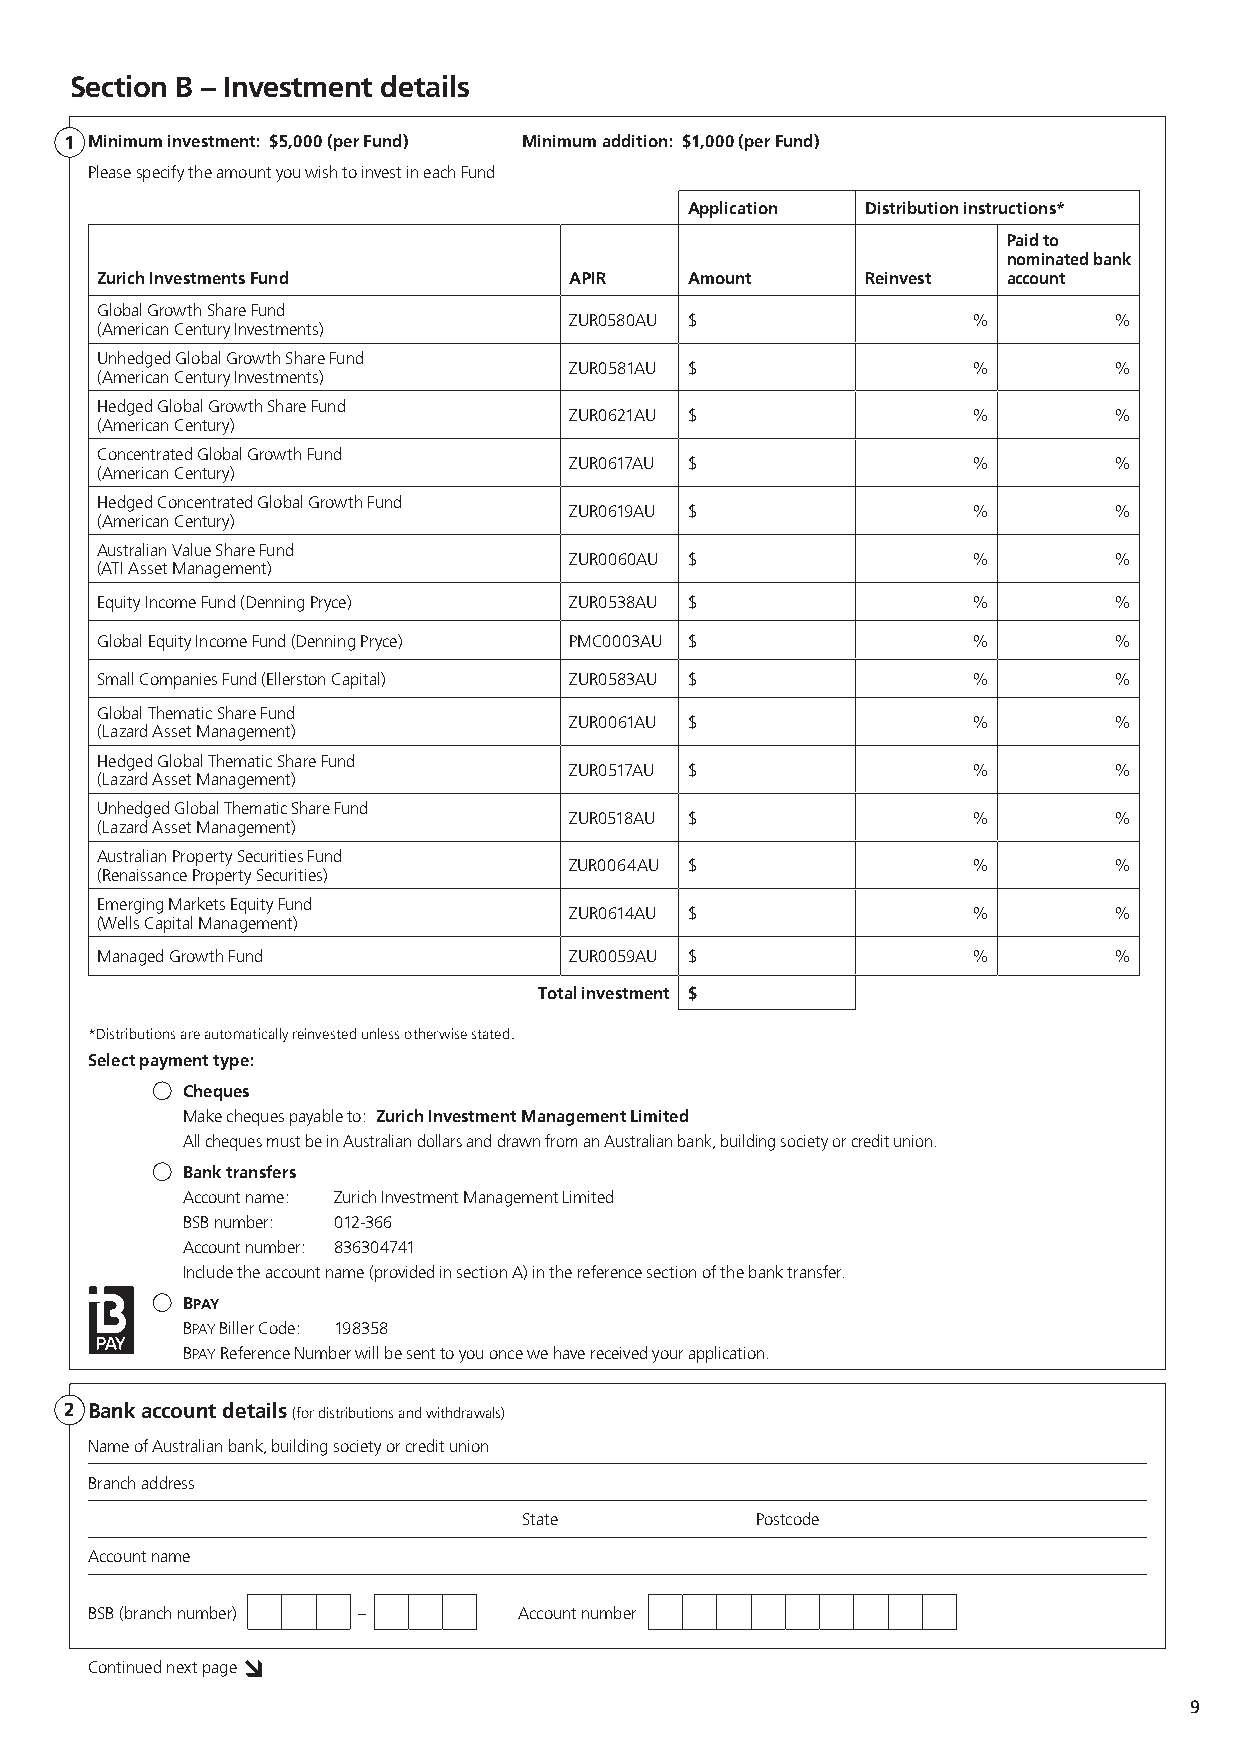
Section B – Investment details
 1 Minimum investment: $5,000 (per Fund) Minimum addition: $1,000 (per Fund)
 Please specify the amount you wish to invest in each Fund
 Application Distribution instructions*
 Paid to
 nominated bank
 Zurich Investments Fund         APIR   Amount      Reinvest  account
 Global Growth Share Fund
 ZUR0580AU $               %         %
 (American Century Investments)
 Unhedged Global Growth Share Fund
 ZUR0581AU $               %         %
 (American Century Investments)
 Hedged Global Growth Share Fund
 ZUR0621AU $               %         %
 (American Century)
 Concentrated Global Growth Fund
 ZUR0617AU $               %         %
 (American Century)
 Hedged Concentrated Global Growth Fund
 ZUR0619AU $               %         %
 (American Century)
 Australian Value Share Fund
 ZUR0060AU $               %         %
 (ATI Asset Management)
 Equity Income Fund (Denning Pryce) ZUR0538AU $            %         %
 Global Equity Income Fund (Denning Pryce) PMC0003AU $     %         %
 Small Companies Fund (Ellerston Capital) ZUR0583AU $      %         %
 Global Thematic Share Fund
 ZUR0061AU $               %         %
 (Lazard Asset Management)
 Hedged Global Thematic Share Fund
 ZUR0517AU $               %         %
 (Lazard Asset Management)
 Unhedged Global Thematic Share Fund
 ZUR0518AU $               %         %
 (Lazard Asset Management)
 Australian Property Securities Fund
 ZUR0064AU $               %         %
 (Renaissance Property Securities)
 Emerging Markets Equity Fund
 ZUR0614AU $               %         %
 (Wells Capital Management)
 Managed Growth Fund             ZUR0059AU $               %         %
 Total investment $
 *Distributions are automatically reinvested unless otherwise stated.
 Select payment type:
 Cheques
 Make cheques payable to: Zurich Investment Management Limited
 All cheques must be in Australian dollars and drawn from an Australian bank, building society or credit union.
 Bank transfers
 Account name: Zurich Investment Management Limited
 BSB number: 012-366
 Account number: 836304741
 Include the account name (provided in section A) in the reference section of the bank transfer.
 BPAY
 BPAY Biller Code: 198358
 BPAY Reference Number will be sent to you once we have received your application.
 2 Bank account details (for distributions and withdrawals)
 Name of Australian bank, building society or credit union
 Branch address
 State          Postcode
 Account name
 BSB (branch number) –       Account number
 Continued next page
 9